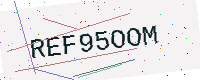
Text: REF95OOM